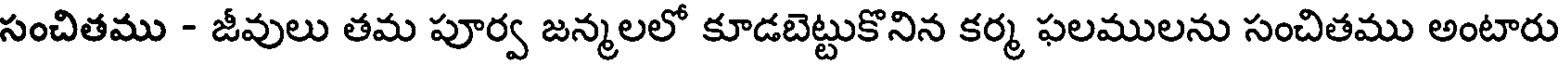
సంచితము - జీవులు తమ పూర్వ జన్మలలో కూడబెట్టుకొనిన కర్మ ఫలములను సంచితము అంటారు